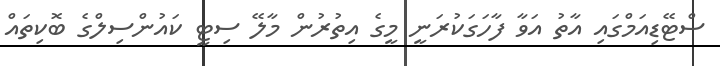
ސްޓޭޑިއަމްގައި އާތު އަވާ ފާހަގަކުރަނީ މީގެ އިތުރުން މާލޭ ސިޓީ ކައުންސިލްގެ ބޮކިތައް